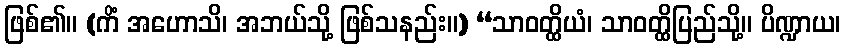
ဖြစ်၏။ (ကိံ အဟောသိ၊ အဘယ်သို့ ဖြစ်သနည်း။) “သာဝတ္ထိယံ၊ သာဝတ္ထိပြည်သို့။ ပိဏ္ဍာယ၊